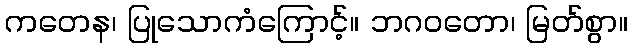
ကတေန၊ ပြုသောကံကြောင့်။ ဘဂဝတော၊ မြတ်စွာ။